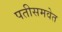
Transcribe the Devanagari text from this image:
पतीसमवेत